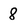
Character: 8